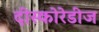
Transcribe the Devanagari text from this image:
दीस्कोरेडीज